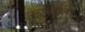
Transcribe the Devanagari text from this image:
रूफोलो